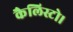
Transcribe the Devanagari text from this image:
कैलिस्टो।